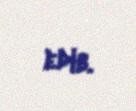
edib.